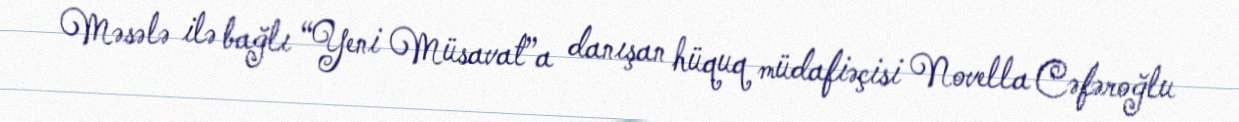
Məsələ ilə bağlı “Yeni Müsavat”a danışan hüquq müdafiəçisi Novella Cəfəroğlu